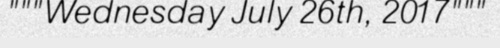
"""Wednesday July 26th, 2017"""